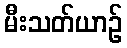
မီးသတ်ယာဉ်